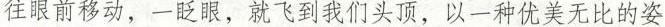
往眼前移动。一眨眼，就飞到我们头顶，以一种优美无比的姿